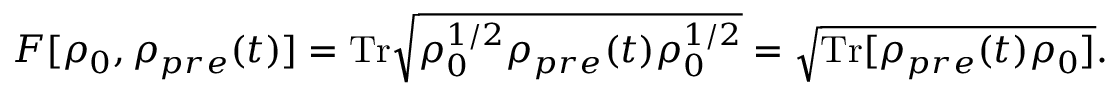
\begin{array} { r } { F [ \rho _ { 0 } , \rho _ { p r e } ( t ) ] = \mathrm { T r } \sqrt { \rho _ { 0 } ^ { 1 / 2 } \rho _ { p r e } ( t ) \rho _ { 0 } ^ { 1 / 2 } } = \sqrt { \mathrm { T r } [ \rho _ { p r e } ( t ) \rho _ { 0 } ] } . } \end{array}